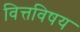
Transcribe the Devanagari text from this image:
वित्तविषय